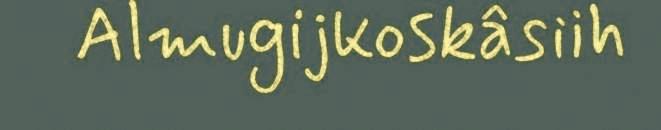
Almugijkoskâsiih